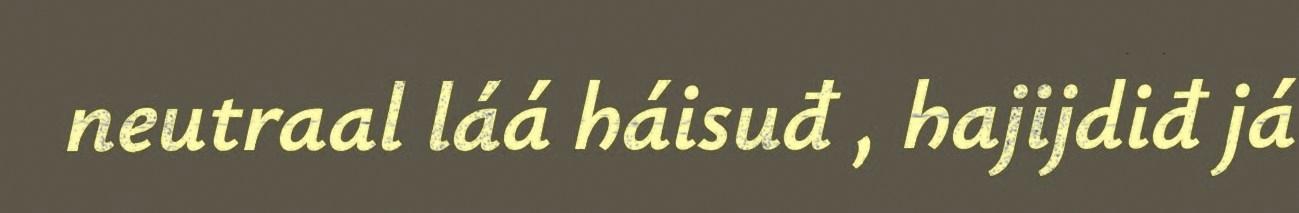
neutraal láá háisuđ , hajijdiđ já